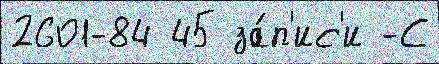
2601-84 45 за́п'ис'и -С